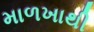
માળખાથી